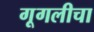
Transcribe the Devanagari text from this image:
गूगलीचा